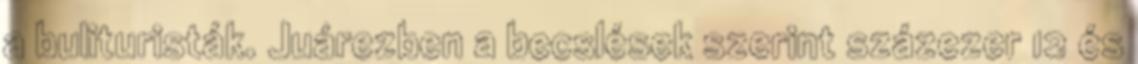
a bulituristák. Juárezben a becslések szerint százezer 12 és